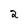
Character: 2